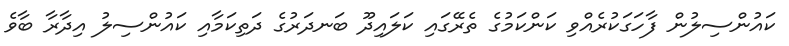
ކައުންސިލުން ފާހަގަކުރެއްވި ކަންކަމުގެ ތެރޭގައި ކަލައިދޫ ބަނދަރުގެ ދަތިކަމާއި ކައުންސިލު އިދާރާ ބާވެ